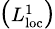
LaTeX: \left(\scriptstyle L_{\mathrm{loc}}^{1}\right)